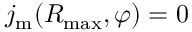
j _ { \mathrm { m } } ( R _ { \mathrm { m a x } } , \varphi ) = 0